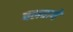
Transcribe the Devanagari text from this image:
चलवाये